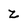
Character: z